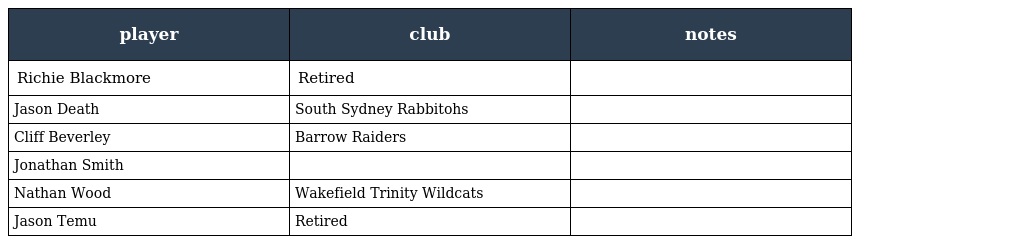
| player | club | notes |
 | --- | --- | --- |
 | Richie Blackmore | Retired |  |
 | Jason Death | South Sydney Rabbitohs |  |
 | Cliff Beverley | Barrow Raiders |  |
 | Jonathan Smith |  |  |
 | Nathan Wood | Wakefield Trinity Wildcats |  |
 | Jason Temu | Retired |  |